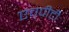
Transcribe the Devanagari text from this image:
एच्‌पीटी